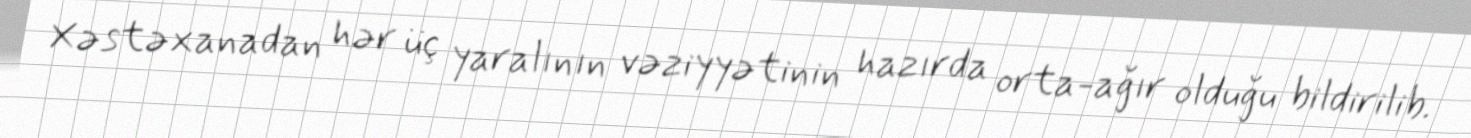
Xəstəxanadan hər üç yaralının vəziyyətinin hazırda orta-ağır olduğu bildirilib.